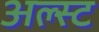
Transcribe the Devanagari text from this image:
अल्स्ट